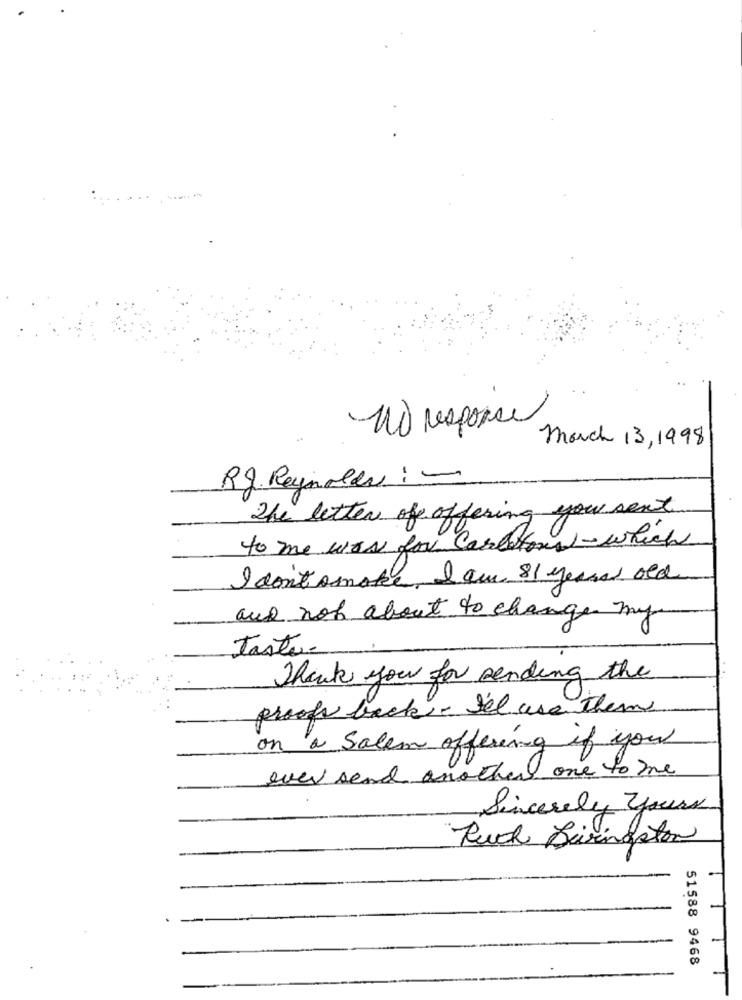
No response
March 13, 1998
RJ. Reynolds : -
The letter of offering you sent
to me was for carbetony - which
I don't smoke I am 81 years old
and not about to change my
taste-
Thank you for sending the
proofs back . I'll use them
on a Salem offering if you
over send another one to me
Sincerely yours
Ruch Livingston
51588 9468